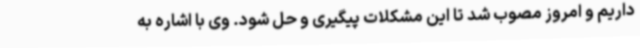
داریم و امروز مصوب شد تا این مشکلات پیگیری و حل شود. وی با اشاره به